Civil Veterinary Dept. Bombay admin report 1932-41 - 1932-1941
Year: 1932
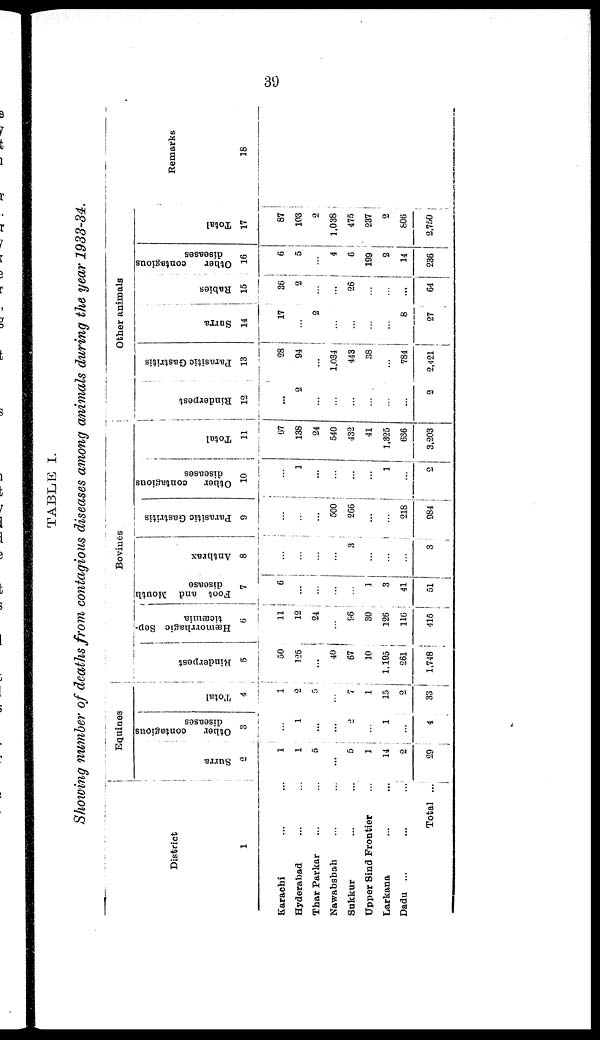
39
TABLE I.
Showing number of deaths from contagious diseases among animals during the year 1933-34.
District
1
Karachi ... ...
Hyderabad ... ...
Thar Parkar ... ...
Nawabsbah ... ...
Sakkur ... ...
Upper Sind Frontier ...
Larkana ... ...
Dadu ...
...
...
Total ...
Equines
Surra
2
1
1
5
...
5
1
14
2
29
Other
contagious
diseases
3
...
1
...
...
2
...
1
...
4
Total
4
1
2
5
...
7
1
15
2
33
Bovines
Rinderpest
5
50
125
...
40
67
10
1,195
261
1,748
Hæmorrhagic Sep-
ticæmia
6
11
12
24
...
96
80
126
116
416
Foot and Mouth
disease
7
6
...
...
...
...
1
3
41
51
Anthrax
8
...
...
...
...
3
...
...
...
3
Parasitic Gastritis
9
...
...
...
500
266
...
...
218
984
Other contagious
diseases
10
...
1
...
...
...
...
1
...
2
Total
11
67
138
24
540
432
41
1,325
636
3,203
Other animals
Rinderpest
12
...
2
...
...
...
...
...
...
2
Parasitic Gastritis
13
28
94
...
1,034
443
38
...
784
2,421
Surra
14
17
...
2
...
...
...
...
8
27
Babies
15
36
2
...
...
26
...
...
...
64
Other
contagious
diseases
16
6
5
...
4
6
199
2
14
236
Tot al
17
87
103
2
1,038
475
237
2
806
2,750
Remarks
18